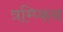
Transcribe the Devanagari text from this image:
त्रम्प्किन